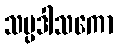
သပ္ပဒါသကော